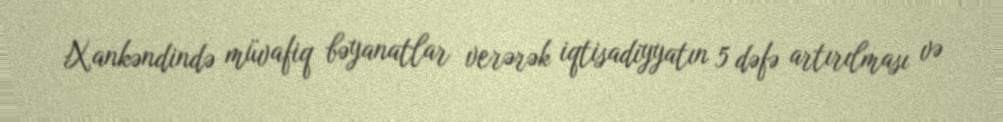
Xankəndində müvafiq bəyanatlar verərək iqtisadiyyatın 5 dəfə artırılması və